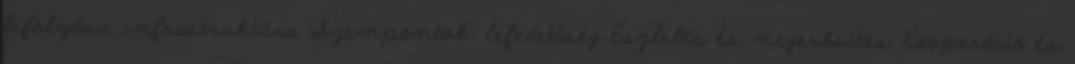
lefolyása, infrastruktúra Szempontok: lefedettség Észlelés és megerősítés Kooperáció és